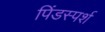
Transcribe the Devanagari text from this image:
पिंडस्पर्श